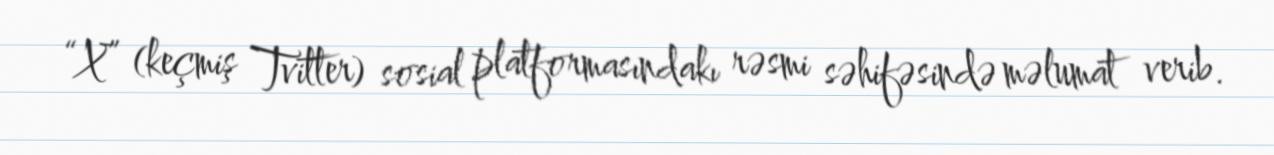
“X” (keçmiş Tvitter) sosial platformasındakı rəsmi səhifəsində məlumat verib.